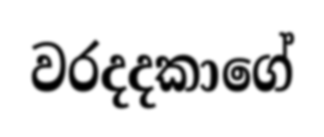
වරදදකාගේ